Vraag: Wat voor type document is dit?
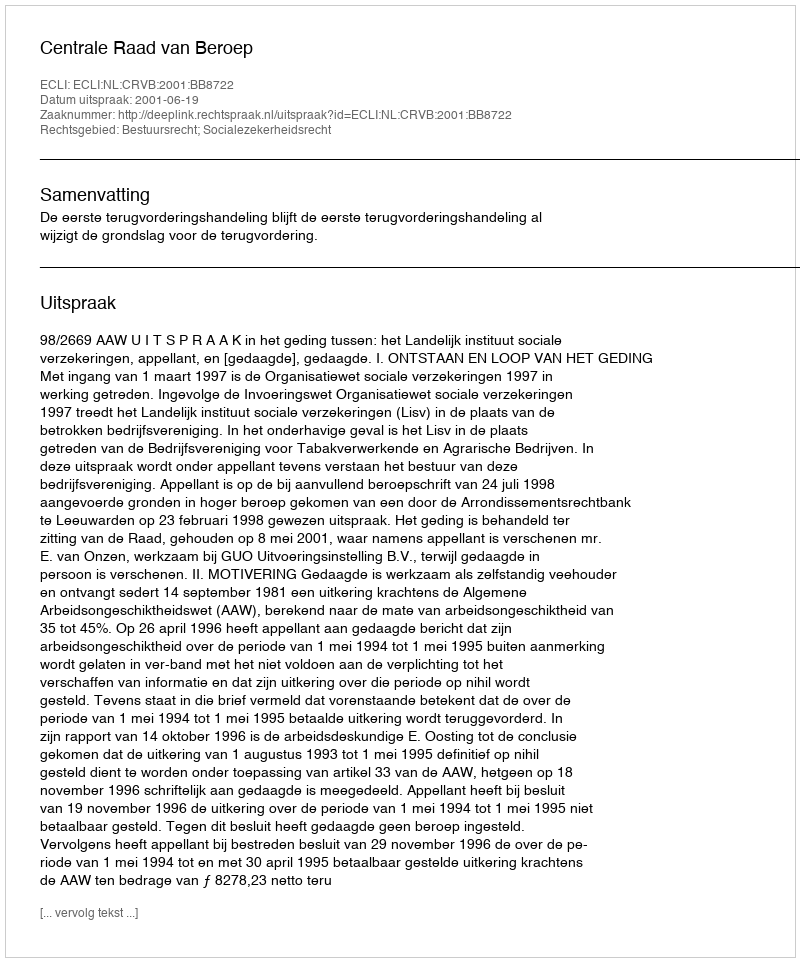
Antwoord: Uitspraak